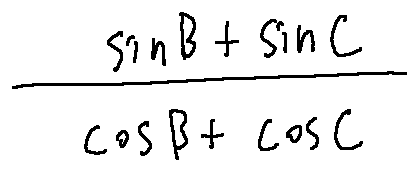
\frac { \sin B + \sin C } { \cos B + \cos C }